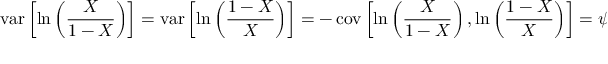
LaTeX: \operatorname { v a r } \left[ \ln \left( { \frac { X } { 1 - X } } \right) \right] = \operatorname { v a r } \left[ \ln \left( { \frac { 1 - X } { X } } \right) \right] = - \operatorname { c o v } \left[ \ln \left( { \frac { X } { 1 - X } } \right) , \ln \left( { \frac { 1 - X } { X } } \right) \right] = \psi _ { 1 } ( \alpha ) + \psi _ { 1 } ( \beta )